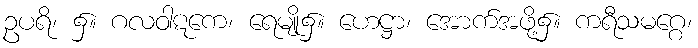
ဥပရိ၊ ၌။ ဂလဝါဋကေ၊ ရေမျို၌။ ဟေဋ္ဌာ၊ အောက်အဖို့၌။ ကရီသမဂ္ဂေ၊